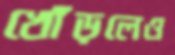
খোঁড়লেও